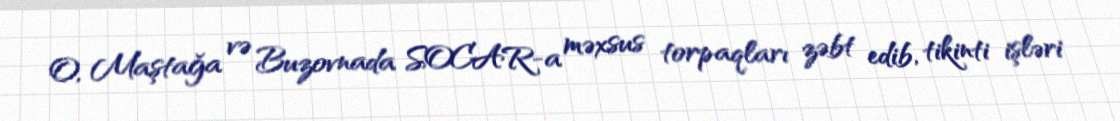
O, Maştağa və Buzovnada SOCAR-a məxsus torpaqları zəbt edib, tikinti işləri